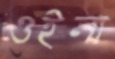
ওইনা